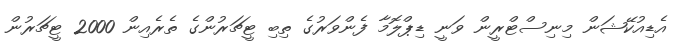
އެޑިއުކޭޝަން މިނިސްޓްރީން ވަނީ ޑިޕްލޮމާ ފެންވަރުގެ ތިބި ޓީޗަރުންގެ ތެރެއިން 2000 ޓީޗަރުން